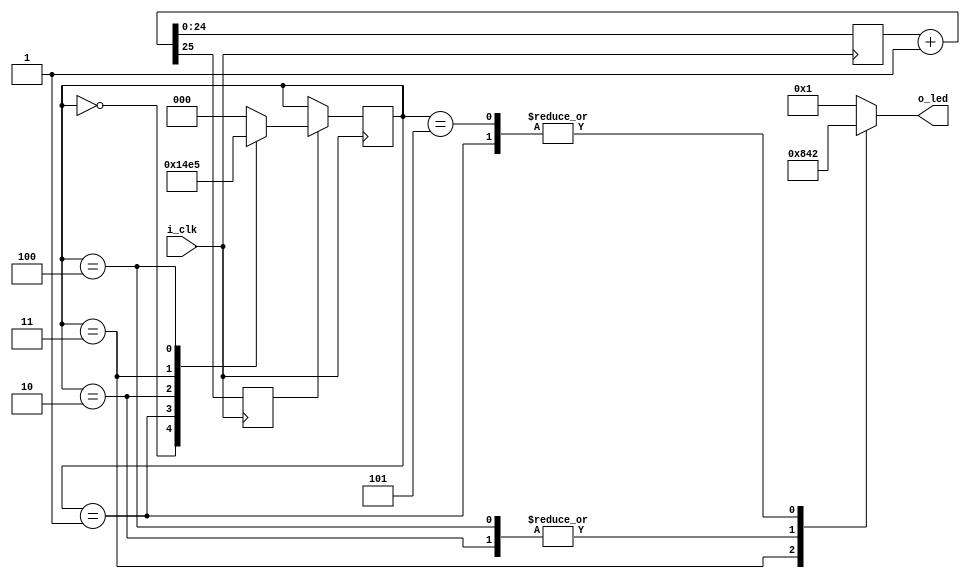
module walker(i_clk, o_led);
    parameter COUNTER_WIDTH = 25;

    input wire i_clk;
    output reg[3:0] o_led;

    reg [COUNTER_WIDTH-1:0] counter;
    reg stb;

    reg [2:0] led_state;

    parameter led_state_0 = 3'b000; /* 0 x x x  */
    parameter led_state_1 = 3'b001; /* x 0 x x  */
    parameter led_state_2 = 3'b010; /* x x 0 x  */
    parameter led_state_3 = 3'b011; /* x x x 0  */
    parameter led_state_4 = 3'b100; /* x x 0 x  */
    parameter led_state_5 = 3'b101; /* x 0 x x  */

    initial {stb, counter} = 0;
    
    initial led_state = led_state_0;
    initial o_led = 1'b1;

    always @(posedge i_clk) 
    begin
        {stb, counter} <= counter + 1'b1;
    end

    always @(posedge i_clk) 
    begin
        if (stb)
        begin
            case (led_state)
                led_state_0:    led_state <= led_state_1;
                led_state_1:    led_state <= led_state_2;
                led_state_2:    led_state <= led_state_3;
                led_state_3:    led_state <= led_state_4;
                led_state_4:    led_state <= led_state_5;
                led_state_5:    led_state <= led_state_0;
                default:        led_state <= led_state_0;
            endcase
        end
    end

    always @(led_state) 
    begin
        case (led_state)
            led_state_0:    o_led = 4'h01;
            led_state_1:    o_led = 4'h02;
            led_state_2:    o_led = 4'h04;
            led_state_3:    o_led = 4'h08;
            led_state_4:    o_led = 4'h04;
            led_state_5:    o_led = 4'h02;
            default:        o_led = 4'h01;
        endcase
    end

//  sby -f formal.sby 

`ifdef FORMAL
    always @(posedge i_clk)
    begin
        assert(led_state <= led_state_5);
    end

    always @(*)
    begin
        assert(led_state <= led_state_5);
    end
`endif

endmodule